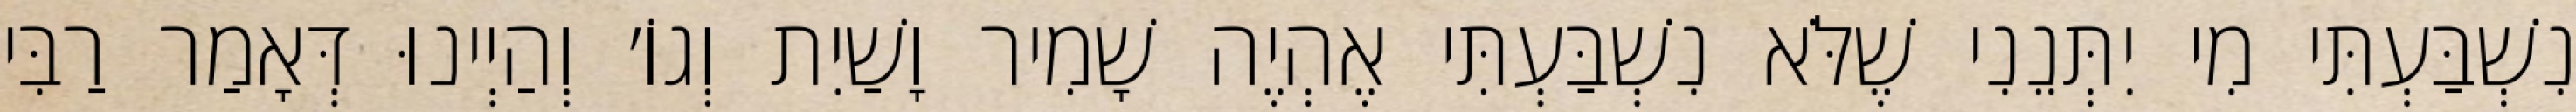
נִשְׁבַּעְתִּי מִי יִתְּנֵנִי שֶׁלֹּא נִשְׁבַּעְתִּי אֶהְיֶה שָׁמִיר וָשַׁיִת וְגוֹ׳ וְהַיְינוּ דְּאָמַר רַבִּי